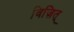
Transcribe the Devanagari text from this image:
विज़ित्